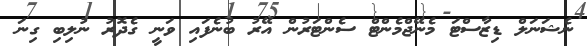
ނެޝަނަލް ޑިޒާސްޓަ މެނޭޖްމެންޓް ސެންޓަރުން އޭރު ބުނެފައި ވަނީ ގެދޮރު ނުލިބި ގިނަ